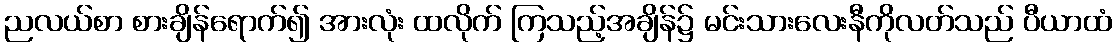
ညလယ်စာ စားချိန်ရောက်၍ အားလုံး ထလိုက် ကြသည့်အချိန်၌ မင်းသားလေးနီကိုလတ်သည် ပီယာထံ